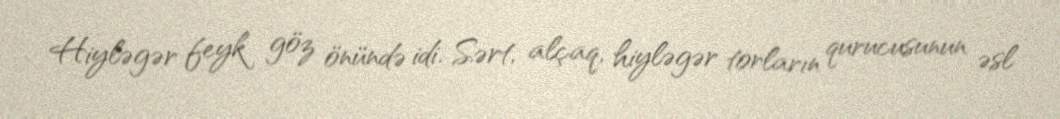
Hiyləgər feyk göz önündə idi. Sərt, alçaq, hiyləgər torların qurucusunun əsl